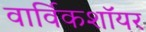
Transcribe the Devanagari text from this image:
वार्विकशॉयर